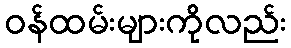
ဝန်ထမ်းများကိုလည်း